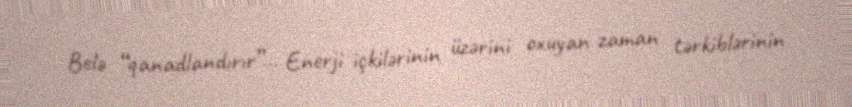
Belə “qanadlandırır”… Enerji içkilərinin üzərini oxuyan zaman tərkiblərinin